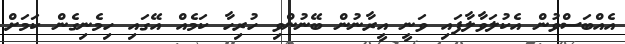
އެއްބަސްވުން އެކުލަވާލާފައި ވަނީ އީރާނުން ބޭނުންވި ހުރިހާ ކަމެއް އޭގައި ހިމެނިގެން ކަމަށް